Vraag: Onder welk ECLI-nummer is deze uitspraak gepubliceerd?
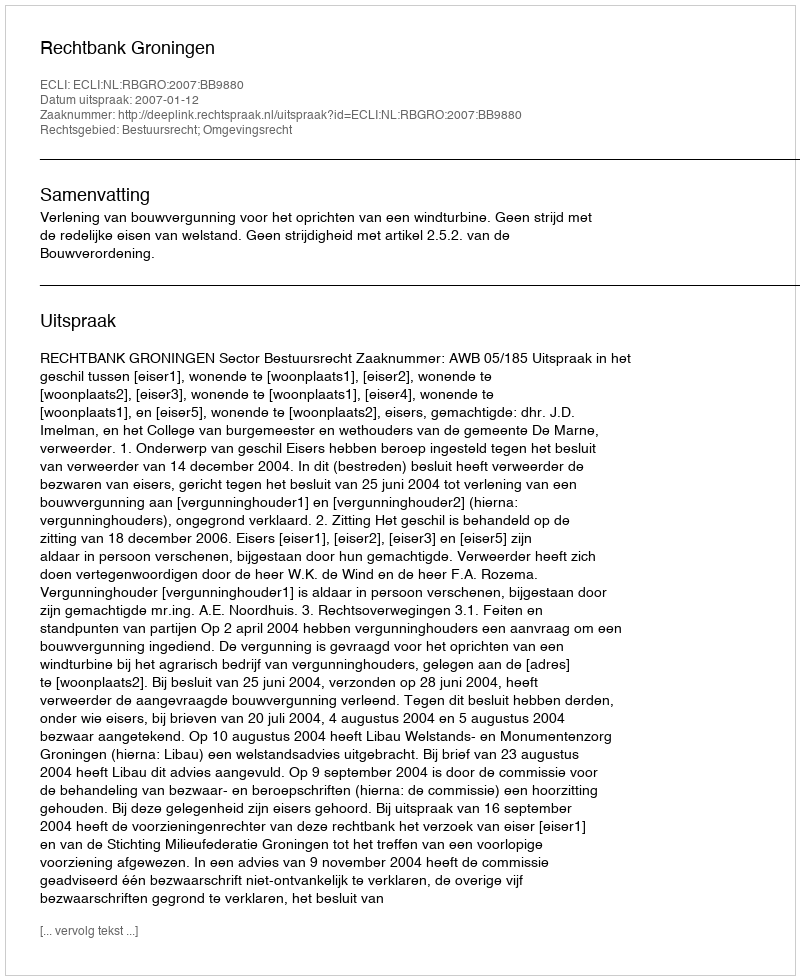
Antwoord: ECLI:NL:RBGRO:2007:BB9880